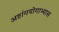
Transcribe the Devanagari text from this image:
अष्टांगयोगाभ्यास